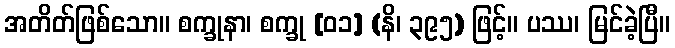
အတိတ်ဖြစ်သော။ စက္ခုနာ၊ စက္ခု [၀၁] (နိ၊ ၃၉၅) ဖြင့်။ ပဿ၊ မြင်ခဲ့ပြီ။